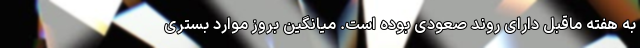
به هفته ماقبل دارای روند صعودی بوده است. میانگین بروز موارد بستری